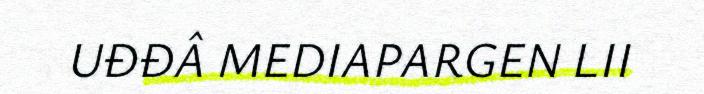
UĐĐÂ MEDIAPARGEN LII